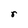
Character: r